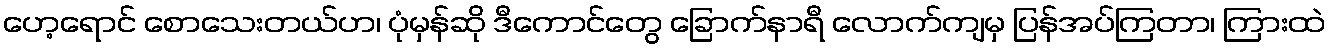
ဟေ့ရောင် စောသေးတယ်ဟ၊ ပုံမှန်ဆို ဒီကောင်တွေ ခြောက်နာရီ လောက်ကျမှ ပြန်အပ်ကြတာ၊ ကြားထဲ